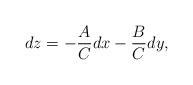
LaTeX: \begin{align*}dz= -\frac{A}{C}dx -\frac{B}{C}dy,\end{align*}